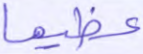
عظيما